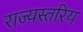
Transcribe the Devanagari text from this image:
राज्यस्तरिय